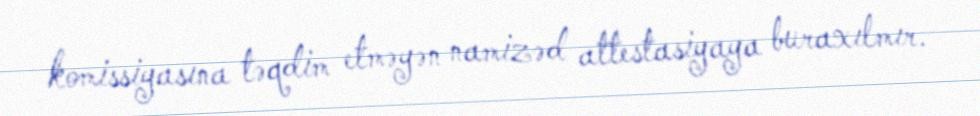
komissiyasına təqdim etməyən namizəd attestasiyaya buraxılmır.